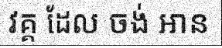
វគ្គ ដែល ចង់ អាន